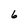
Character: 6